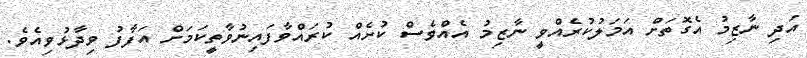
އަދި ނާޒިމު އެގޮތަށް އަމަލުކުރެއްވީ ނާޒިމު އެއްވެސް ކުށެއް ކުރައްވާފައިނުވާތީކަމަށް އަފާފު ވިދާޅުވިއެވެ.